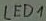
Text: LED1